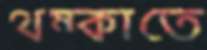
থম্‌কাতে